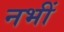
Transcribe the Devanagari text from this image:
नभीं